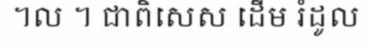
។ល ។ ជាពិសេស ដើម រំដូល